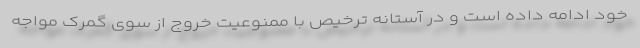
خود ادامه داده است و در آستانه ترخیص با ممنوعیت خروج از سوی گمرک مواجه